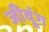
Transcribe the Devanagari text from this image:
जीवूंग